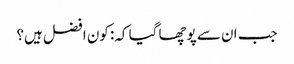
جب ان سے پوچھا گیا کہ: کون افضل ہیں؟